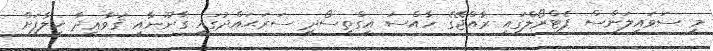
މި ސަވައިލަންސް ޕެޓްރޯލްގައި ރާއްޖޭގެ ހާއްސަ އިގްތިސޯދީ ސަރަޙައްދުގައި ގާނޫނާއި ޤަވާޢިދާ ޚިލާފަށް